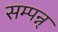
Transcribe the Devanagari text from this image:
सम्पन्न्